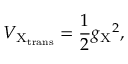
V _ { \mathrm { X } _ { \mathrm { t r a n s } } } = \frac { 1 } { 2 } { g _ { \mathrm { X } } } ^ { 2 } ,